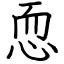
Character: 恧